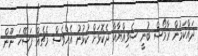
ދައްކަމުން ރާމޯސް ބުނީ ސެވިއްޔާއާ ދެކޮޅަށް ކުޅުނު އެއްވެސް މެޗެއް ފަސޭހަ ނޫން